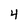
Character: 4